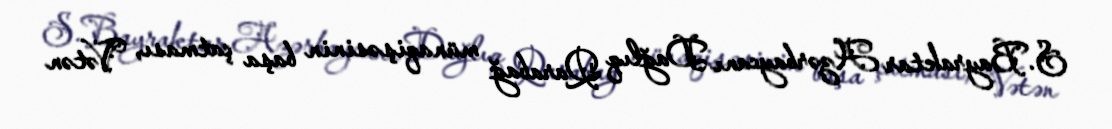
S.Bayraktar Azərbaycanı Dağlıq Qarabağ münaqişəsinin başa çatması, Vətən